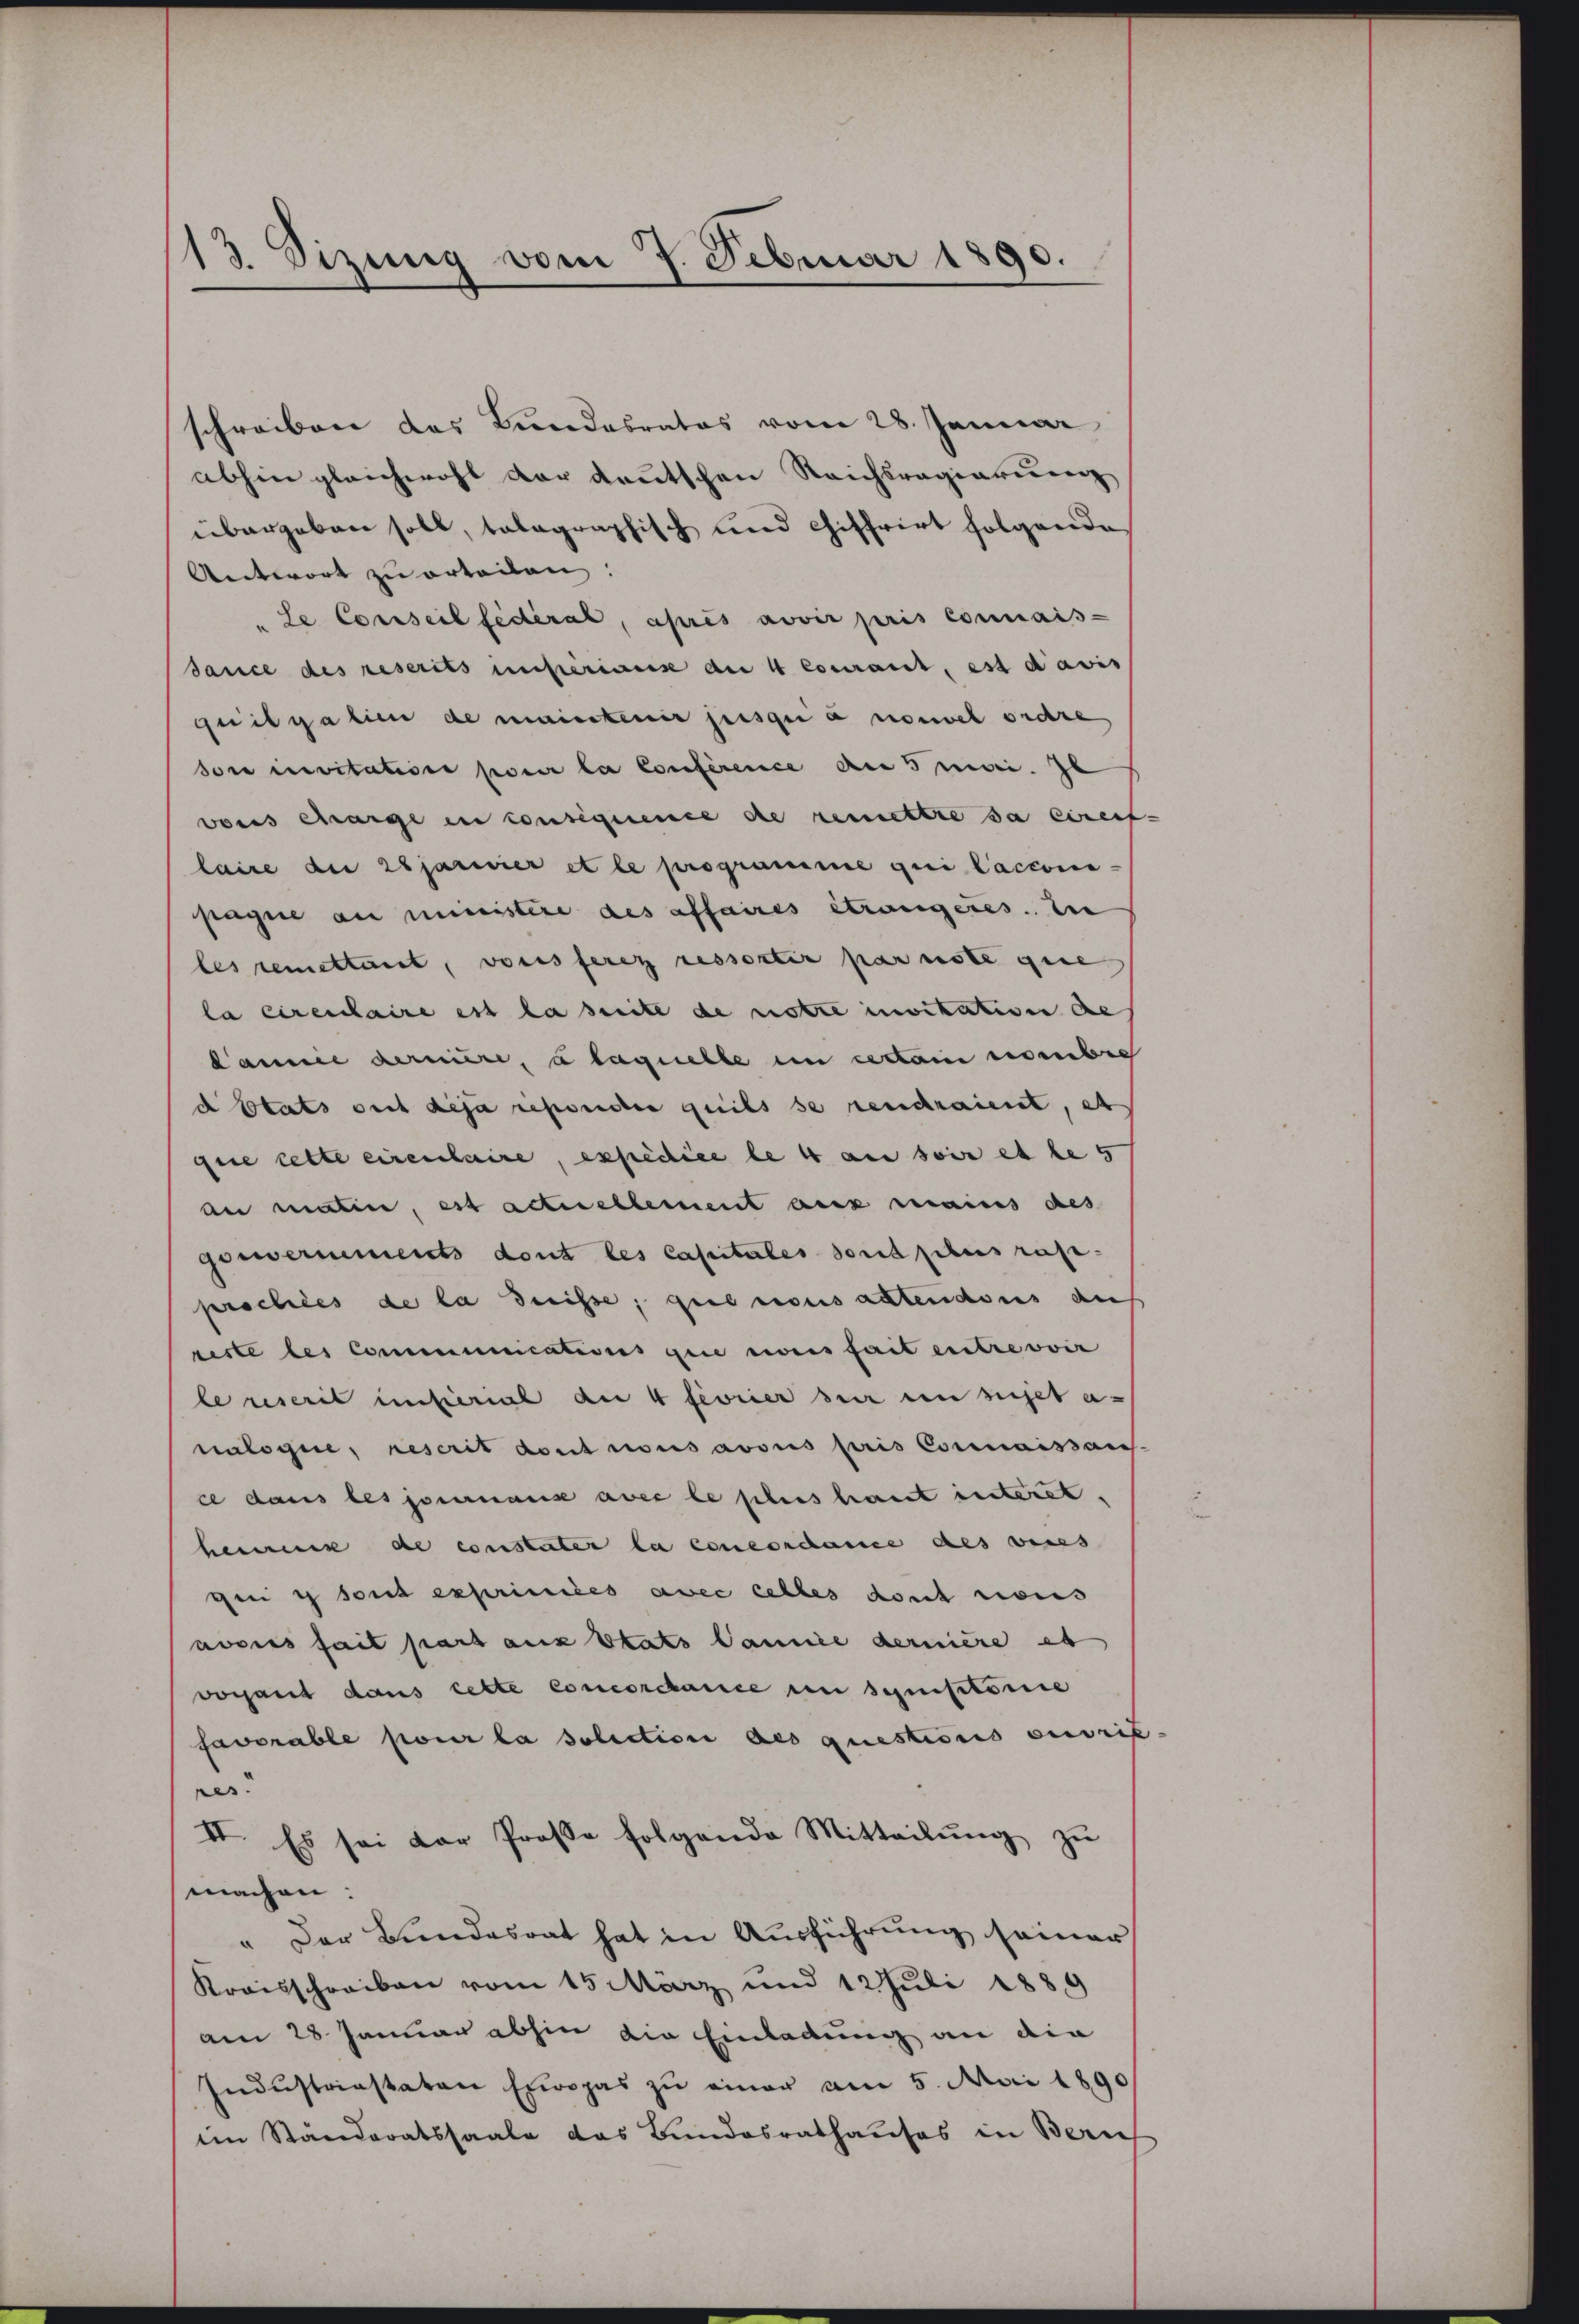
113. Sizung vom 7. Februar 1890.

schreiben das Bundesrates vom 28. Januar
abhin gleichwohl der deutschen Reichsregierung
übergeben soll, talagraphisch und chiffrirt folgende
Antwort zu erteilen:
"Le Conseil fédéral, après avoir pris connais-
Sauce des rescrits imperiges an 4 Cocant, est davis
quilgalien de maintenir pisqui a nouvel ordre
sore invitatione pour la Conference der 5 sei. Zu
vons charge in consequence de remettre da eireif-
laire der 28jarnier et le programme qui Cacconi-
pagne an ministere des affaires étrangeres. zu
les remettant, vores ferez ressortir parnste gese
la circulaire est la suite de notre invitation de
Cannie dernière, à laquelle im cedam nombre
d Etats ouch deja reponder geils se rendraient, et
gire cette circulaire, expedice le 4 an sie et le 5
an matin, est actuellement aus mains des
goneriments dont les Capitales sont plus rap-
prochées de la Suisse, que nous altendsies der
reste des Communications gene eines fait entrevoir
le reserit imsterial an 4 fevrier sei en sichet a
nalogie, rescrit dont nous avois pris Connaissaus-
ce dans les journaux avec le plus haut interet.
heimes de constater la concordance als vices
ge  sont exprimées avec celles dont tous
nocies fait pars aux Etats Cannie dernière es
vorhant dans lebte Concorchanice in symptomie
favorable pour la solution des questions ouvrif-
res.
II. Es sei der Prose folgende Mitteilŭng zŭ
machen:
" Der Bundesrat hat in Ausführung seiner
Kraisschreiben vom 15 März und 12 Juli 1889
am 28 Januar abhin die Einladung an die
Industriestaten Europas zu einer am 5. Mai 1890
im Standoratssaale das Bundesrathauses in Zürich